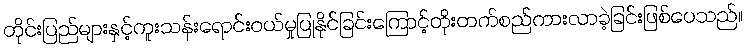
တိုင်းပြည်များနှင့်ကူးသန်းရောင်းဝယ်မှုပြုနိုင်ခြင်းကြောင့်တိုးတက်စည်ကားလာခဲ့ခြင်းဖြစ်ပေသည်။